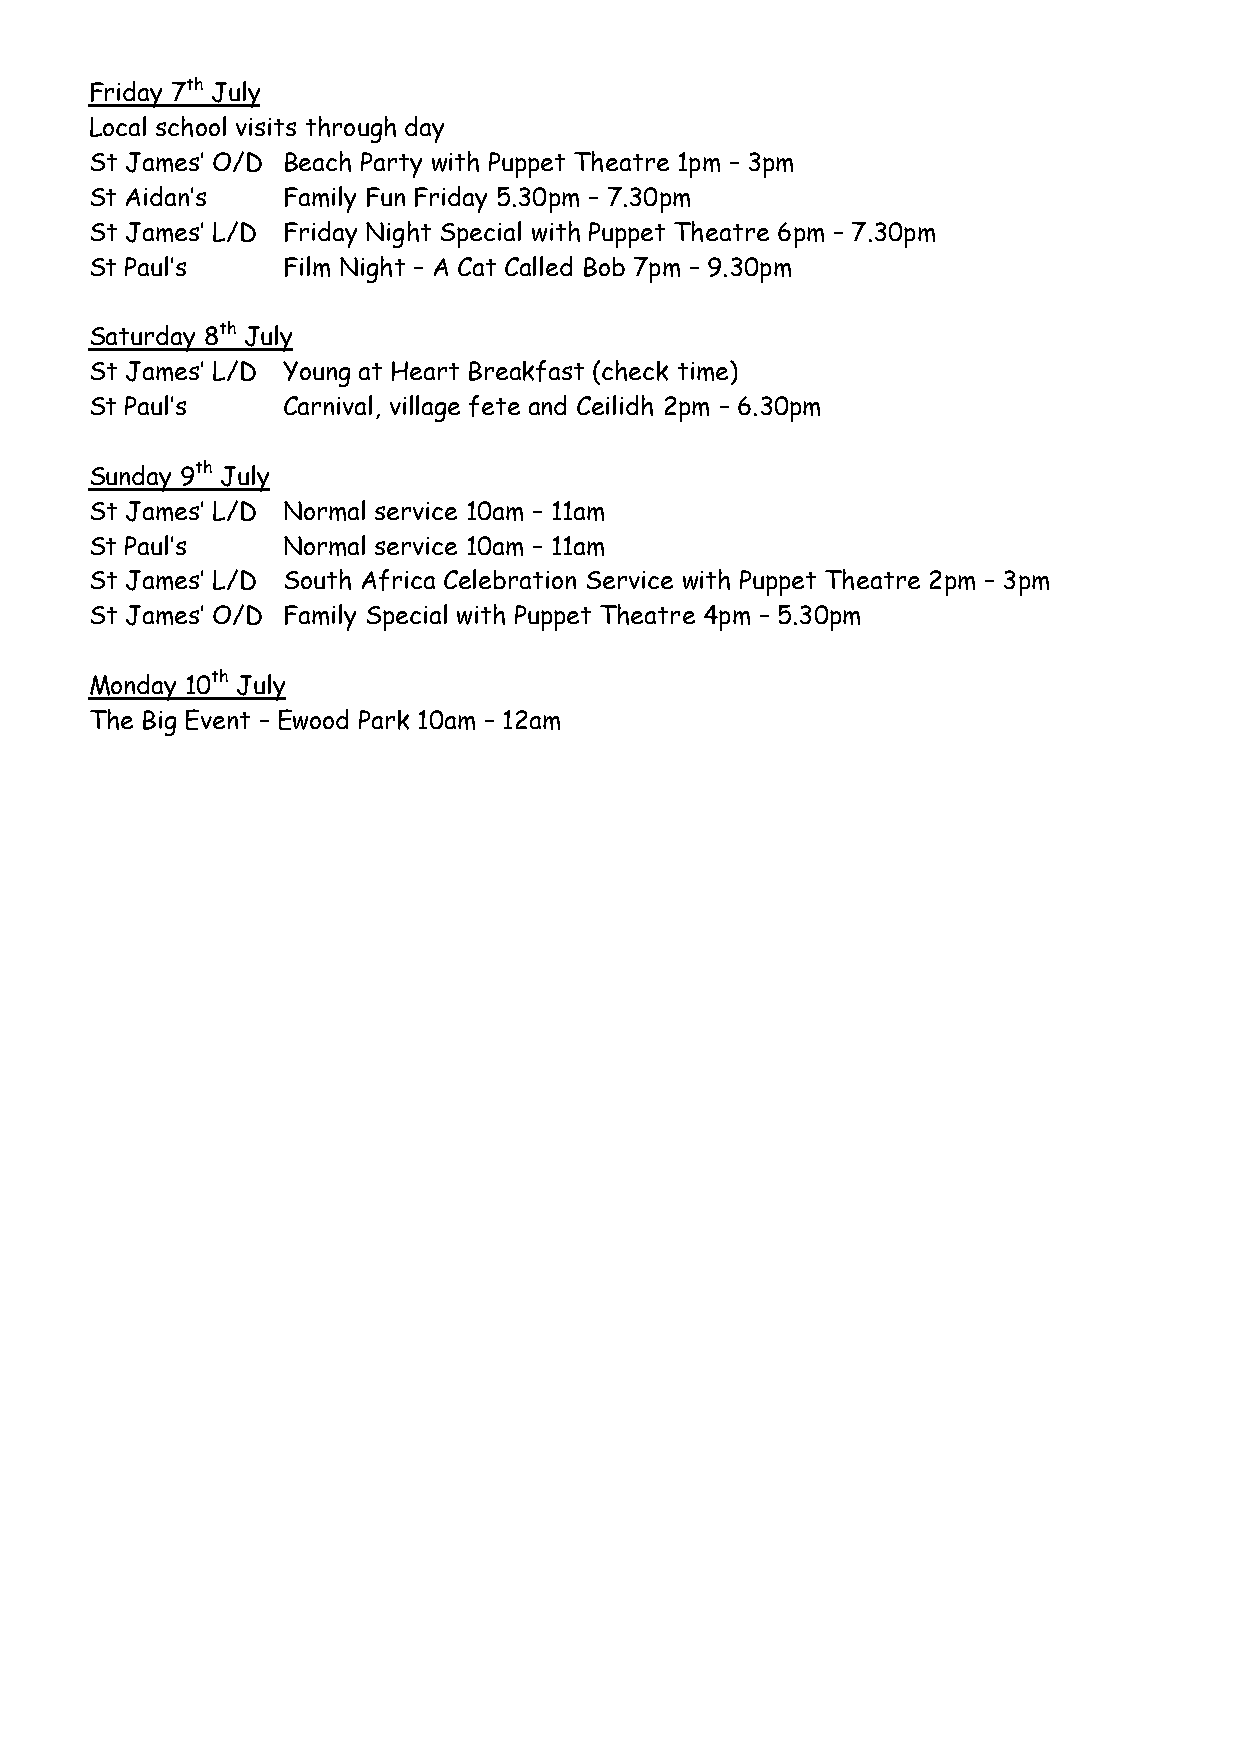
Friday 7th July
 Local school visits through day
 St James’ O/D Beach Party with Puppet Theatre 1pm – 3pm
 St Aidan’s   Family Fun Friday 5.30pm – 7.30pm
 St James’ L/D Friday Night Special with Puppet Theatre 6pm – 7.30pm
 St Paul’s    Film Night – A Cat Called Bob 7pm – 9.30pm
 Saturday 8th July
 St James’ L/D Young at Heart Breakfast (check time)
 St Paul’s    Carnival, village fete and Ceilidh 2pm – 6.30pm
 Sunday 9th July
 St James’ L/D Normal service 10am – 11am
 St Paul’s    Normal service 10am – 11am
 St James’ L/D South Africa Celebration Service with Puppet Theatre 2pm – 3pm
 St James’ O/D Family Special with Puppet Theatre 4pm – 5.30pm
 Monday 10th July
 The Big Event – Ewood Park 10am – 12am